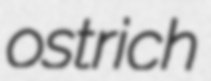
ostrich